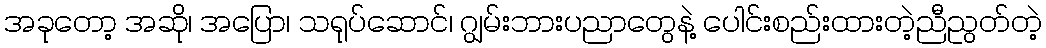
အခုတော့ အဆို၊ အပြော၊ သရုပ်ဆောင်၊ ဂျွမ်းဘားပညာတွေနဲ့ ပေါင်းစည်းထားတဲ့ညီညွတ်တဲ့